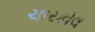
ચારકોલ